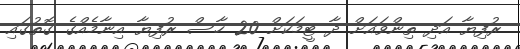
ރުފިޔާ އަދި ތިންވައަށް ދާ ޓީމަކަށް 20 ހާސް ރުފިޔާ އިނާމެއްގެ ގޮތުގައި